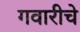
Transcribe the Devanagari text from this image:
गवारीचे